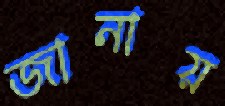
জানায়